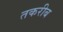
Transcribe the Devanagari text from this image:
तकरीब